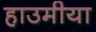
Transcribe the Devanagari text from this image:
हाउमीया